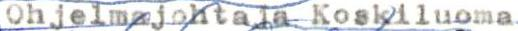
Ohjelmajohtaja Koskiluoma